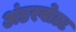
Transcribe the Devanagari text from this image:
अंडरवोल्ट